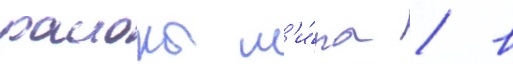
раионы м'и́ра / в